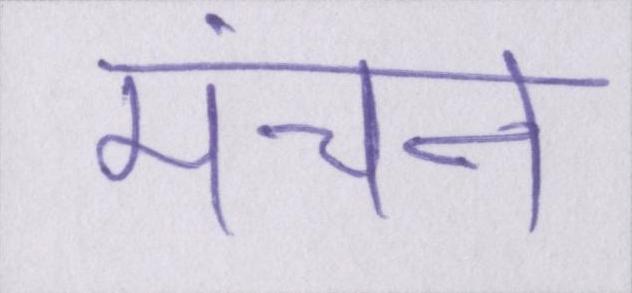
मंचन